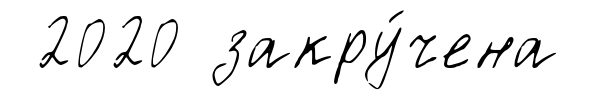
2020 закру́чена